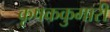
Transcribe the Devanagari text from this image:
कृषककुमारी